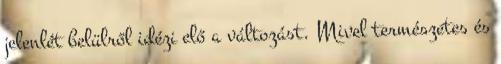
jelenlét belülről idézi elő a változást. Mivel természetes és